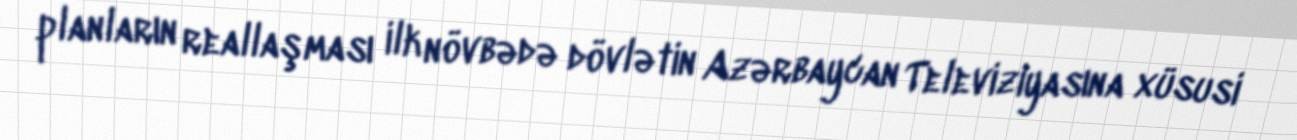
planların reallaşması ilk növbədə dövlətin Azərbaycan Televiziyasına xüsusi